Indian journal of veterinary science and animal husbandry - Volume 5,
Year: 1935
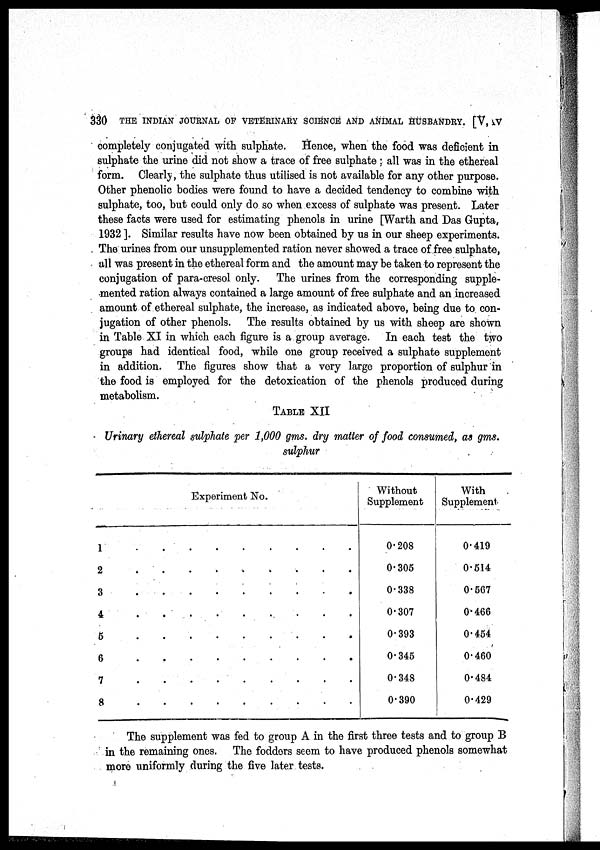
330 THE INDIAN JOURNAL OF VETERINARY SCIENCE AND ANIMAL HUSBANDRY. [V, IV
completely conjugated with sulphate. Hence, when the food was deficient in
sulphate the urine did not show a trace of free sulphate ; all was in the ethereal
form. Clearly, the sulphate thus utilised is not available for any other purpose.
Other phenolic bodies were found to have a decided tendency to combine with
sulphate, too, but could only do so when excess of sulphate was present. Later
these facts were used for estimating phenols in urine [Warth and Das Gupta,
1932 ]. Similar results have now been obtained by us in our sheep experiments.
The urines from our unsupplemented ration never showed a trace of free sulphate,
all was present in the ethereal form and the amount may be taken to represent the
conjugation of para-cresol only. The urines from the corresponding supple-
mented ration always contained a large amount of free sulphate and an increased
amount of ethereal sulphate, the increase, as indicated above, being due to con-
jugation of other phenols. The results obtained by us with sheep are shown
in Table XI in which each figure is a group average. In each test the two
groups had identical food, while one group received a sulphate supplement
in addition. The figures show that a very large proportion of sulphur in
the food is employed for the detoxication of the phenols produced during
metabolism.
TABLE XII
Urinary ethereal sulphate per 1,000 gms. dry matter of food consumed, as gms.
sulphur
Experiment No.
1 . . . . . . . . .
2 . . . . . . . . .
3 . . . . . . . . .
4 . . . . . . . . .
5 . . . . . . . . .
6 . . . . . . . . .
7 . . . . . . . . .
8 . . . . . . . . .
Without
Supplement
0.208
0.305
0.338
0.307
0.393
0.345
0.348
0.390
With
Supplement
0.419
0.514
0.567
0.466
0.454
0.460
0.484
0.429
The supplement was fed to group A in the first three tests and to group B
in the remaining ones. The fodders seem to have produced phenols somewhat
more uniformly during the five later tests.